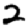
Digit: 2